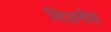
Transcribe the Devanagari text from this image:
सिडनीसे